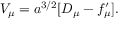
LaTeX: { \cal V } _ { \mu } = a ^ { 3 / 2 } [ D _ { \mu } - f _ { \mu } ^ { \prime } ] .